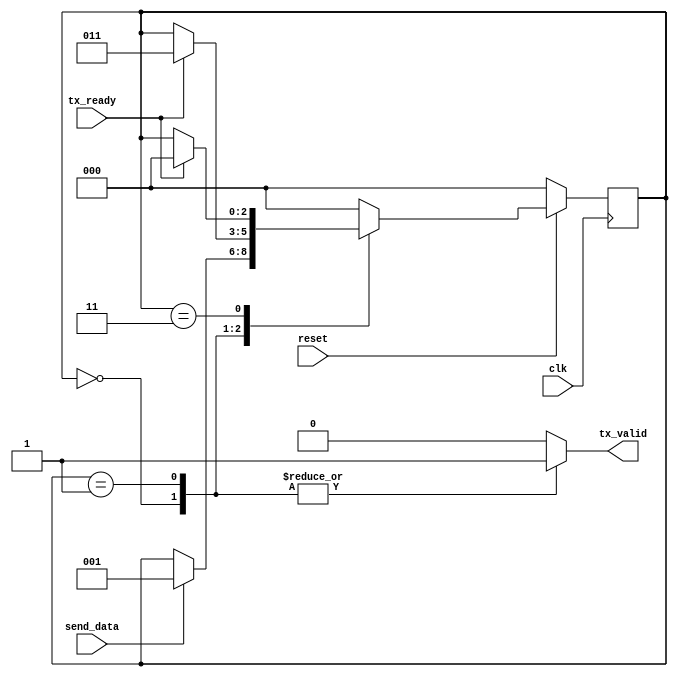
   /*
    Test code to verify the operation of ADD generation
    The code is self-explanatory
    */


module usb_test (clk, reset, send_data, tx_ready, tx_valid);

input clk;
input reset;
input send_data;
input tx_ready;

output reg tx_valid;


localparam IDLE=3'b000,
           CRC1=3'b001,
           CRC2=3'b011;
reg [2:0] current_state;
reg [2:0] next_state;


always@(posedge clk)
    if(!reset) 
        begin
        current_state<= IDLE;
        end
    else 
        begin
        current_state <= next_state;
        end

always@(*)
    begin
        next_state <= current_state;

        case(current_state)
            IDLE: begin tx_valid <= 1'b1;
                  if(send_data) next_state<=CRC1;
            end

            CRC1: begin tx_valid <= 1'b1;
                  if(tx_ready) next_state<=CRC2;                  
            end

            CRC2: begin tx_valid <= 1'b0;
                if(tx_ready)  
                    next_state<=IDLE;
                end
            default: begin
                tx_valid <= 1'b0;
                next_state<=IDLE;
                end 
        endcase
    end
endmodule